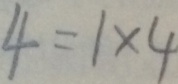
4 = 1 \times 4